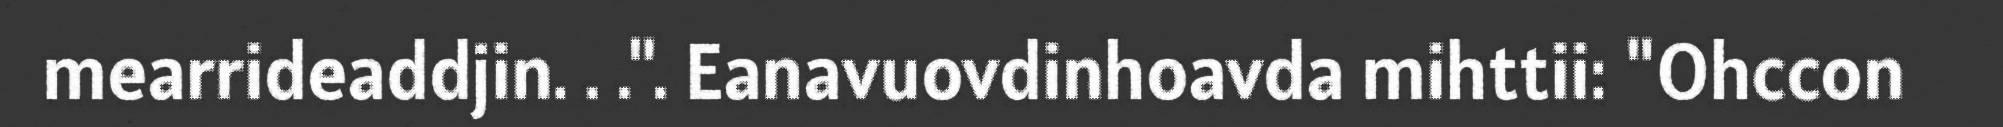
mearrideaddjin. . .". Eanavuovdinhoavda mihttii: "Ohccon